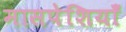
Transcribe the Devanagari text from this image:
मासपेशियाँ